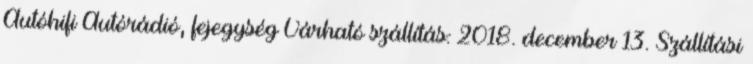
Autóhifi Autórádió, fejegység Várható szállítás: 2018. december 13. Szállítási